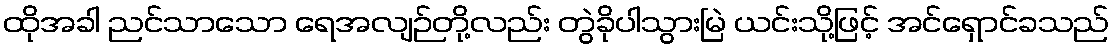
ထိုအခါ ညင်သာသော ရေအလျဉ်တို့လည်း တွဲခိုပါသွားမြဲ ယင်းသို့ဖြင့် အင်ရှောင်ခသည်